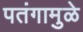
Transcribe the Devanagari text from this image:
पतंगामुळे